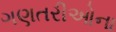
ગણતરીઓના